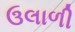
ઉલાળી